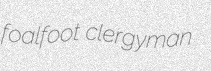
foalfoot clergyman